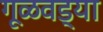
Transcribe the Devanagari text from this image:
गूळवड्या